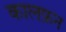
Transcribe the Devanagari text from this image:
कालफ़न